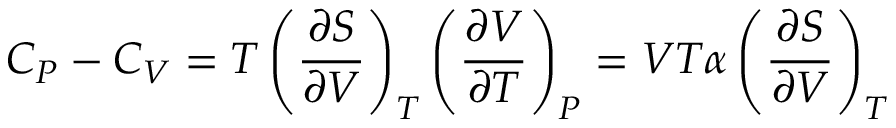
C _ { P } - C _ { V } = T \left( { \frac { \partial S } { \partial V } } \right) _ { T } \left( { \frac { \partial V } { \partial T } } \right) _ { P } = V T \alpha \left( { \frac { \partial S } { \partial V } } \right) _ { T }